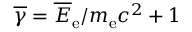
\overline { { \gamma } } = \overline { E } _ { \mathrm { e } } / m _ { \mathrm { e } } c ^ { 2 } + 1